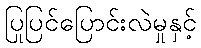
ပြုပြင်ပြောင်းလဲမှုနှင့်